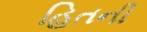
હિતની